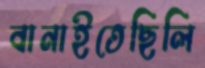
বানাইতেছিলি